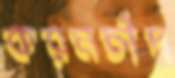
করমচাঁদ